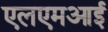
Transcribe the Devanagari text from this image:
एलएमआई